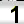
Digit: 1